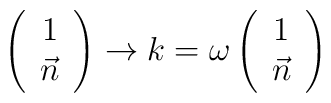
\left( \begin{array}{c}1 \\ \vec{n}\end{array}\right) \rightarrow k=\omega \left( \begin{array}{c}1 \\ \vec{n}\end{array}\right)